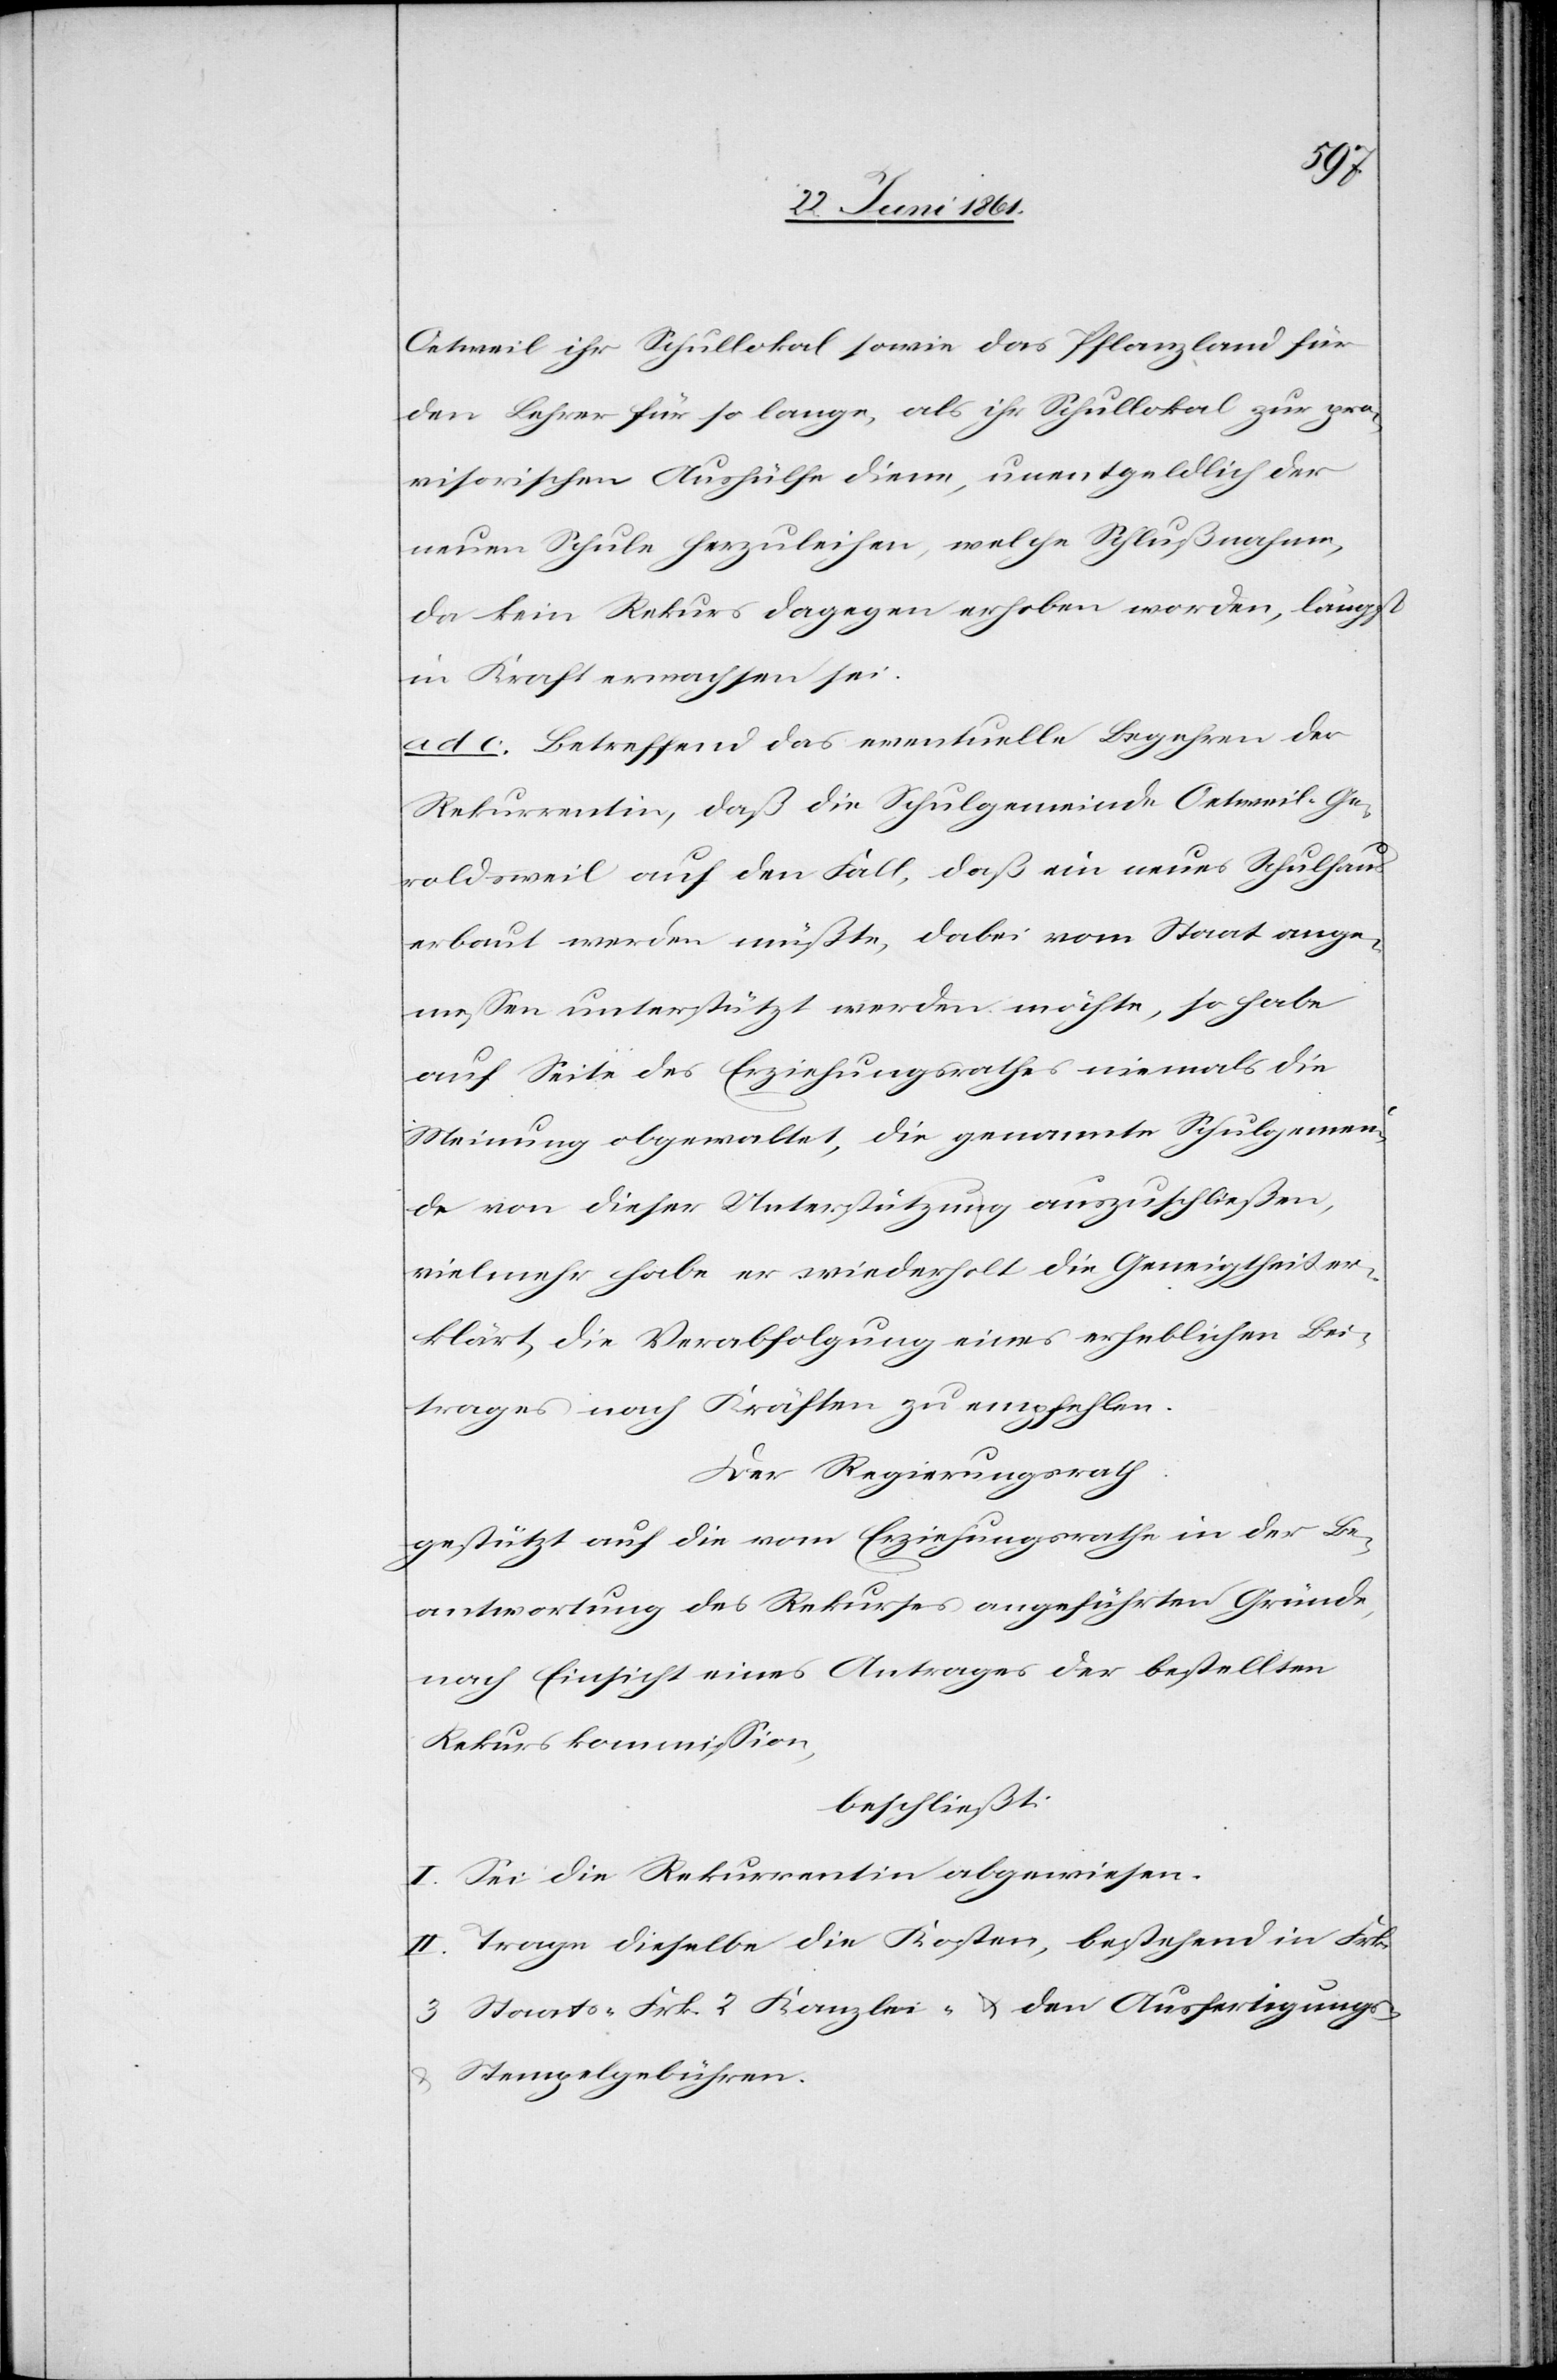
Oetweil ihr Schullokal sowie das Pflanzland für
den Lehrer für so lange, als ihr Schullokal zur Pro¬
visorischen Aushülfe diene, unentgeldlich der
neuen Schule herzuleiten, welche Schlußnahme,
da kein Rekurs dagegen erhoben worden, längst
in Kraft erwachsen sei.
ad c. Betreffend das eventuelle Begehren der
Rekurrentin, daß die Schulgemeinde Oetweil-Ge¬
roldsweil auf den Fall, daß ein neues Schulhaus
erbaut werden müßte, dabei vom Staat ange¬
messen unterstützt werden möchte, so habe
auf Seite des Erziehungsrathes niemals die
Meinung obgewaltet, die genannte Schulgemein¬
de von dieser Unterstützung auszuschließen,
vielmehr habe er wiederholt die Geneigtheit er¬
klärt, die Verabfolgung eines erheblichen Bei¬
trages nach Kräften zu empfehlen.
Der Regierungsrath
gestützt auf die vom Erziehungsrathe in der Be¬
antwortung des Rekurses angeführten Gründe,
nach Einsicht eines Antrages der bestellten
Rekurskommission,
beschließt:
I. Sei die Rekurrentin abgewiesen.
II. Trage dieselbe die Kosten, bestehend in Frk.
3 Staats-[,] Frk. 2 Kanzlei- u. den Ausfertigungs-
u. Stempelgebühren.